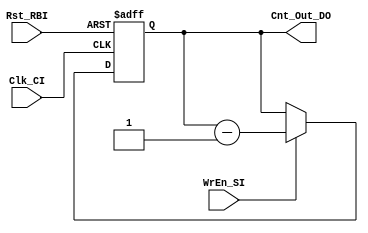
/* ================================================================================
// Counter: Counter for NYQ Block
// Project: SynTech
// ---- Description ---------------------------------------------------------------
// A simple counter that goes from 0d to 7d then wraps around.
//
// ---- Input/Output specifications -----------------------------------------------
// Cnt_Out_DO	counter output [3bit]
// ================================================================================ */

module counter    (

input                       Clk_CI,  // Clock signal
input                       Rst_RBI, // Asynchronous active low reset
input                       WrEn_SI,

output reg [2:0] Cnt_Out_DO  // Counter value output
);

//-Logic-
always @(posedge Clk_CI or negedge Rst_RBI)
if (!Rst_RBI) begin
  Cnt_Out_DO <= 3'b111;
end else if (WrEn_SI) begin
  Cnt_Out_DO <= Cnt_Out_DO - 1;
end

endmodule